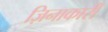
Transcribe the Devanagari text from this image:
ज़िनाकारी